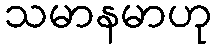
သမာနမာဟု